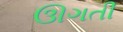
ઊગતી